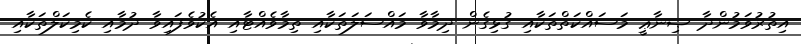
އިތުރުވަމުންދާ ޞިނާޢީ މަސައްކަތްތަކާއި ގުޅިގެން ދިމާވާ މައްސަލަތަކާއި ތިމާވެއްޓާއި އެކުވެފައިވާ ދުމާއި ކެމިކަލްތަކާއި